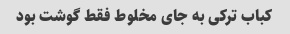
کباب ترکی به جای مخلوط فقط گوشت بود